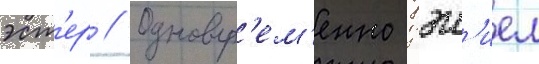
эст'ер // Одновр'ем'енно дэн'иел